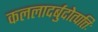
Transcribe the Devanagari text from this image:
कललादर्बुदोत्पत्तिः